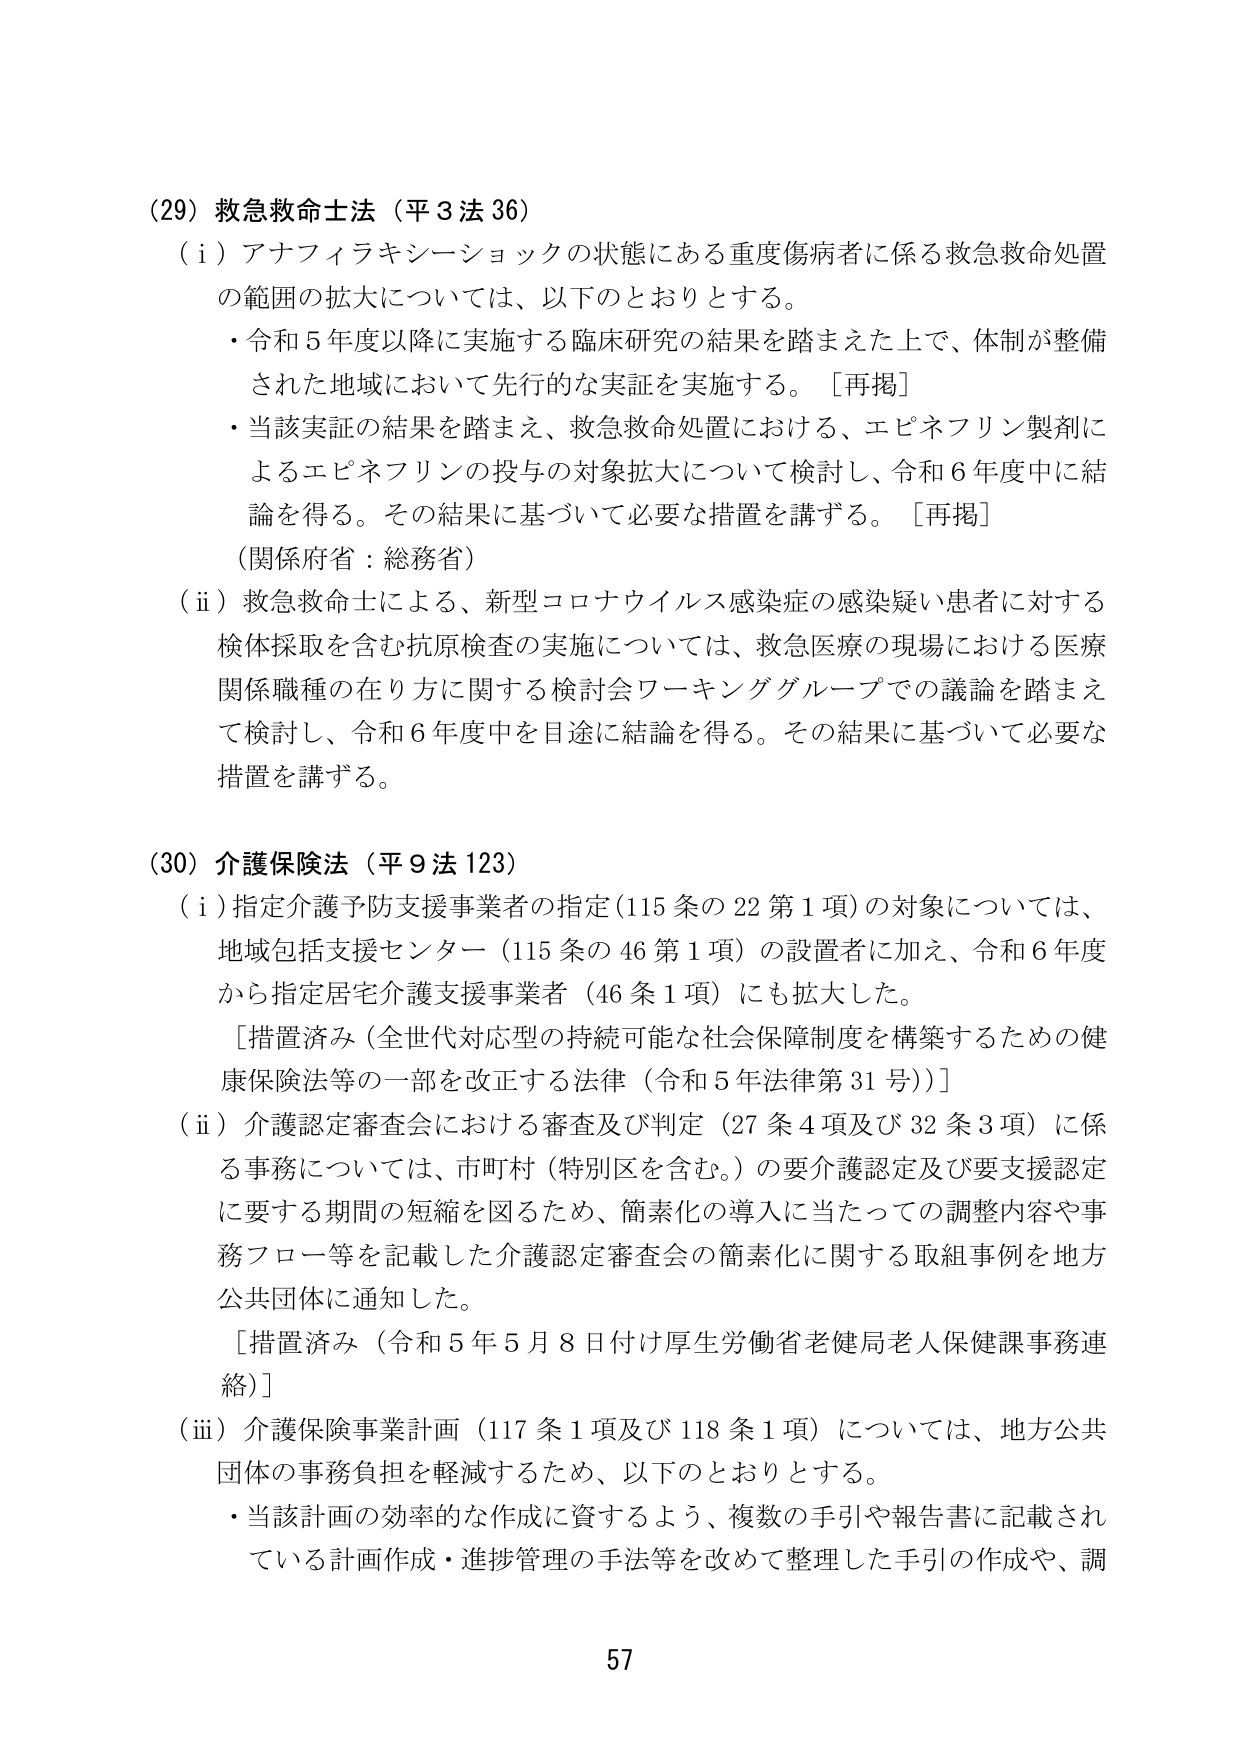
(29) 救急救命士法（平3法36）
（i）アナフィラキシーショックの状態にある重度傷病者に係る救急救命処置の範囲の拡大については、以下のとおりとする。
・令和5年度以降に実施する臨床研究の結果を踏まえた上で、体制が整備された地域において先行的な実証を実施する。［再掲］
・当該実証の結果を踏まえ、救急救命処置における、エピネフリン製剤によるエピネフリンの投与の対象拡大について検討し、令和6年度中に結論を得る。その結果に基づいて必要な措置を講ずる。［再掲］
（関係府省：総務省）
（ii）救急救命士による、新型コロナウイルス感染症の感染疑い患者に対する検体採取を含む抗原検査の実施については、救急医療の現場における医療関係職種の在り方に関する検討会ワーキンググループでの議論を踏まえて検討し、令和6年度中を目途に結論を得る。その結果に基づいて必要な措置を講ずる。

(30) 介護保険法（平9法123）
（i）指定介護予防支援事業者の指定（115条の22第1項）の対象については、地域包括支援センター（115条の46第1項）の設置者に加え、令和6年度から指定居宅介護支援事業者（46条1項）にも拡大した。
［措置済み（全世代対応型の持続可能な社会保障制度を構築するための健康保険法等の一部を改正する法律（令和5年法律第31号））］
（ii）介護認定審査会における審査及び判定（27条4項及び32条3項）に係る事務については、市町村（特別区を含む。）の要介護認定及び要支援認定に要する期間の短縮を図るため、簡素化の導入に当たっての調整内容や事務フロー等を記載した介護認定審査会の簡素化に関する取組事例を地方公共団体に通知した。
［措置済み（令和5年5月8日付け厚生労働省老健局老人保健課事務連絡）］
（iii）介護保険事業計画（117条1項及び118条1項）については、地方公共団体の事務負担を軽減するため、以下のとおりとする。
・当該計画の効率的な作成に資するよう、複数の手引や報告書に記載されている計画作成・進捗管理の手法等を改めて整理した手引の作成や、調

57